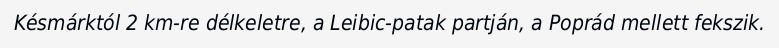
Késmárktól 2 km-re délkeletre, a Leibic-patak partján, a Poprád mellett fekszik.